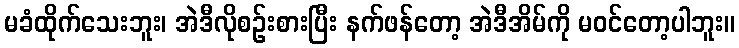
မခံထိုက်သေးဘူး၊ အဲဒီလိုစဉ်းစားပြီး နက်ဖန်တော့ အဲဒီအိမ်ကို မဝင်တော့ပါဘူး။